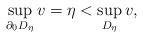
LaTeX: \begin{align*}\sup_{\partial_{0}D_{\eta}}{v}=\eta<\sup_{D_{\eta}}{v},\end{align*}